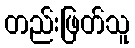
တည်းဖြတ်သူ